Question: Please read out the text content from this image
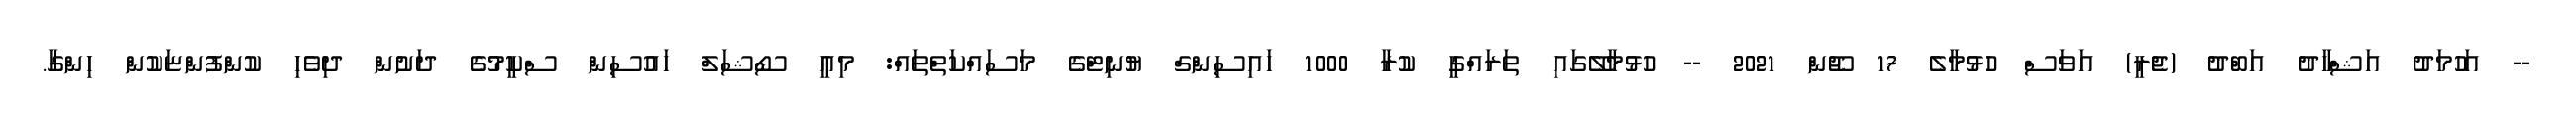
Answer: -- އަހުމަދު އަޝްހާދު އަބްދު (ޖެރީ) އަވަސް ހުޅުމާލެ 17 ޖޫން 2021 -- ހުޅުމާލޭގައި ތަރައްގީ ކުރާ 1000 ހައިސިންގް ޔުނިޓްގެ މަސައްކަތްތައް: މިއީ ސޯޝަލް ހައުސިން ސްކީމުގެ ދަށުން ދިވެހި ކުންފުންޏަކުން ހިންގާ.